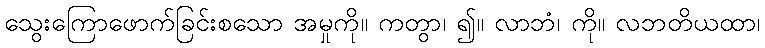
သွေးကြောဖောက်ခြင်းစသော အမှုကို။ ကတွာ၊ ၍။ လာဘံ၊ ကို။ လဘတိယထာ၊